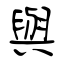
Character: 與